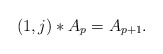
\begin{align*}\left( 1,j\right) \ast A_{p}=A_{p+1}. \end{align*}